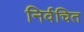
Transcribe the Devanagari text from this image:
निर्वचित